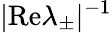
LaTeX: \vert\mathrm{Re}\lambda_{\pm}\vert^{-1}